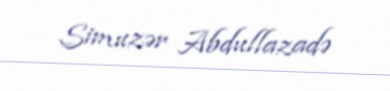
Simuzər Abdullazadə